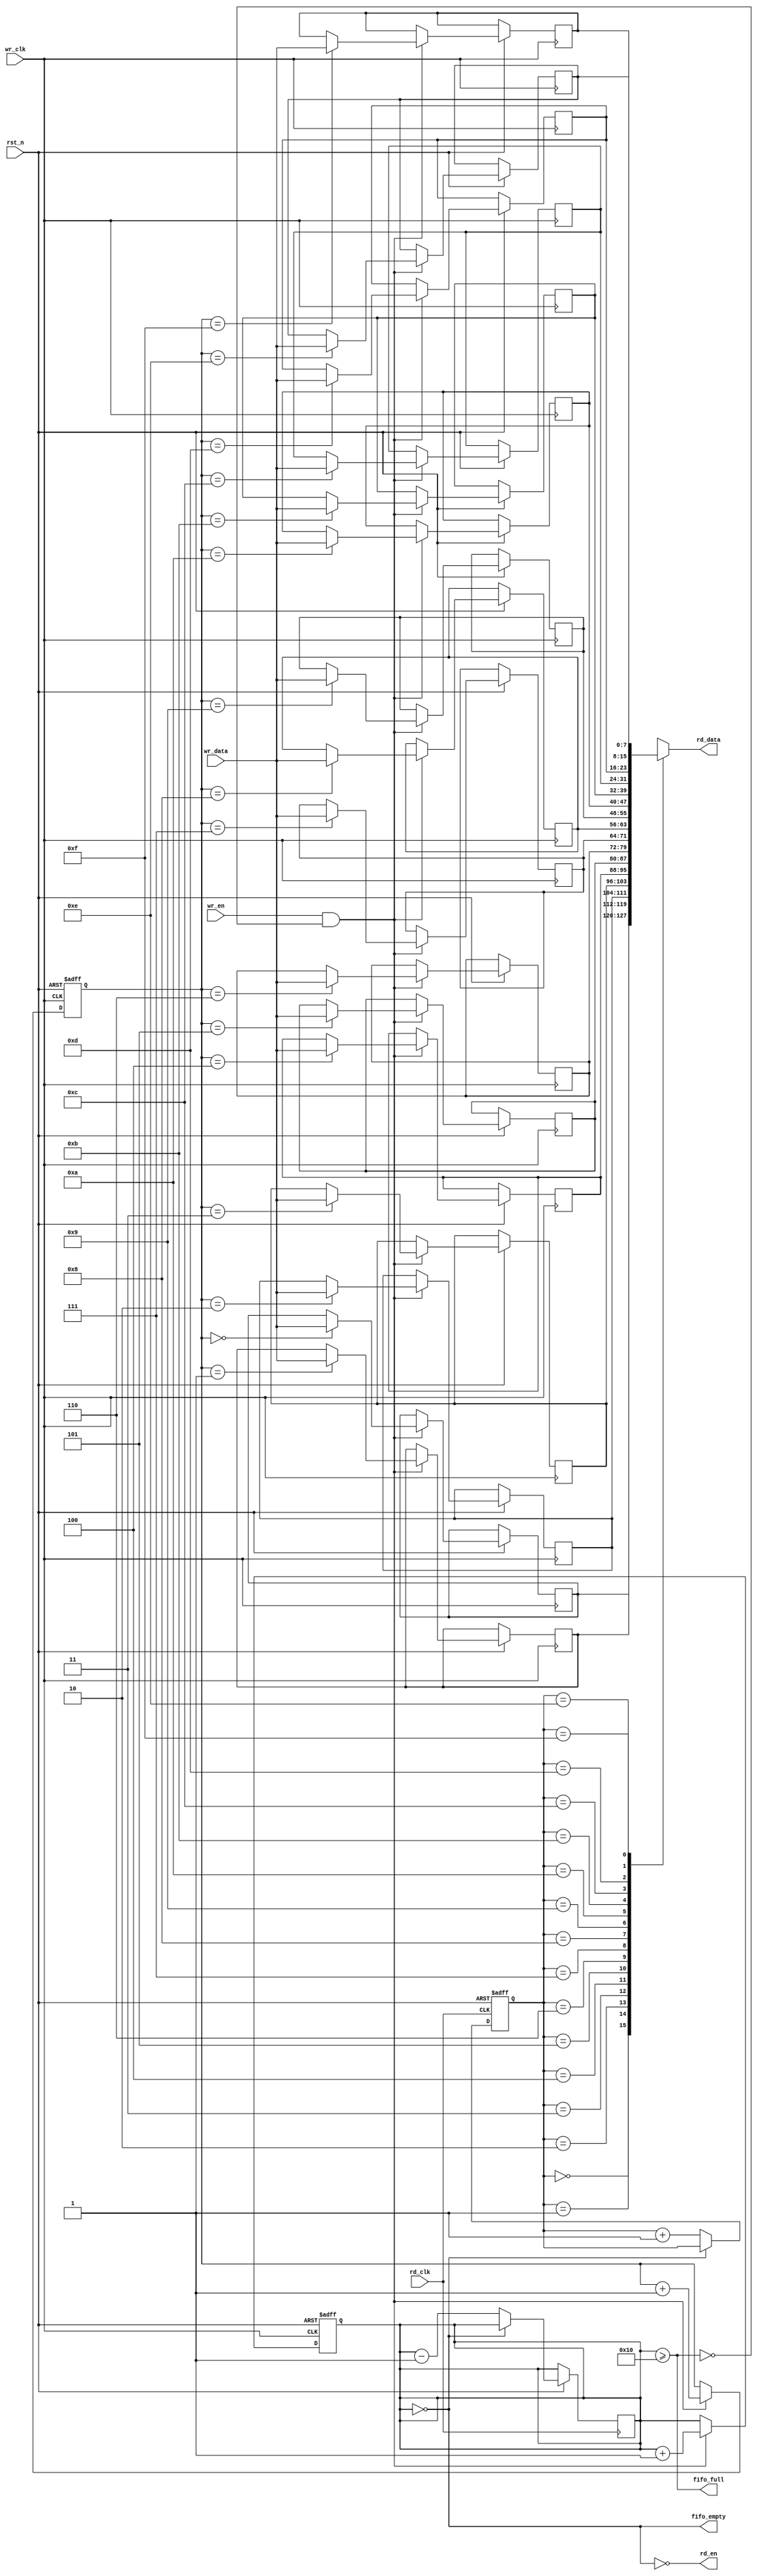
module fifo_sync #(
    parameter DATA_WIDTH = 8,
    parameter FIFO_DEPTH = 16
)(
    input wire wr_clk,            // Write clock (source domain)
    input wire rd_clk,            // Read clock (destination domain)
    input wire rst_n,             // Active low reset
    input wire wr_en,             // Write enable
    input wire [DATA_WIDTH-1:0] wr_data, // Data to write
    output wire rd_en,            // Read enable
    output wire [DATA_WIDTH-1:0] rd_data, // Data read
    output wire fifo_full,        // FIFO full status
    output wire fifo_empty        // FIFO empty status
);

    // FIFO memory
    reg [DATA_WIDTH-1:0] fifo_mem [0:FIFO_DEPTH-1];
    reg [clog2(FIFO_DEPTH)-1:0] wr_ptr, rd_ptr;
    reg [clog2(FIFO_DEPTH):0] fifo_count; // Count of items in FIFO

    // Write logic
    always @(posedge wr_clk or negedge rst_n) begin
        if (!rst_n) begin
            wr_ptr <= 0;
            fifo_count <= 0;
        end else if (wr_en && !fifo_full) begin
            fifo_mem[wr_ptr] <= wr_data;
            wr_ptr <= wr_ptr + 1;
            fifo_count <= fifo_count + 1;
        end
    end

    // Read logic
    always @(posedge rd_clk or negedge rst_n) begin
        if (!rst_n) begin
            rd_ptr <= 0;
        end else if (rd_en && !fifo_empty) begin
            rd_ptr <= rd_ptr + 1;
            fifo_count <= fifo_count - 1;
        end
    end

    // FIFO status signals
    assign fifo_full = (fifo_count >= FIFO_DEPTH);
    assign fifo_empty = (fifo_count == 0);
    assign rd_data = fifo_mem[rd_ptr];

    // Read enable logic (can be controlled externally)
    assign rd_en = !fifo_empty;

    // Function to calculate log2
    function integer clog2(input integer value);
        begin
            value = value - 1;
            for (clog2 = 0; value > 0; clog2 = clog2 + 1)
                value = value >> 1;
        end
    endfunction

endmodule